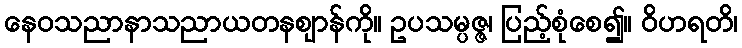
နေဝသညာနာသညာယတနဈာန်ကို။ ဥပသမ္ပဇ္ဇ၊ ပြည့်စုံစေ၍။ ဝိဟရတိ၊